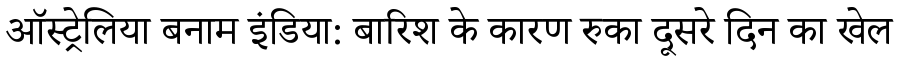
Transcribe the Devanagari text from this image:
ऑस्ट्रेलिया बनाम इंडिया: बारिश के कारण रुका दूसरे दिन का खेल